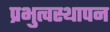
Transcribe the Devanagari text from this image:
प्रभुत्वस्थापन